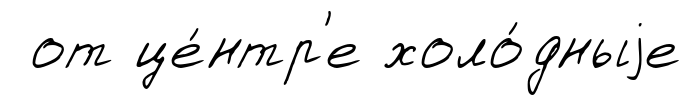
от це́нтр'е холо́дныjе